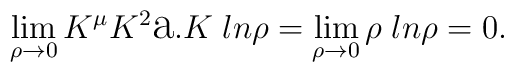
\lim_{\rho\to0}K^{\mu}K^{2}\hbox{\Large a}.K\;ln\rho= \lim_{\rho\to0}\rho\;ln\rho=0.